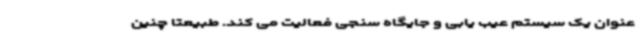
عنوان یک سیستم عیب یابی و جایگاه سنجی فعالیت می کند. طبیعتاً چنین